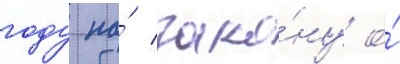
году по́ зако́ну о́